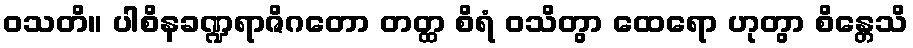
ဝသတိ။ ပါစိနခဏ္ဍရာဇိဂတော တတ္ထ စိရံ ဝသိတွာ ထေရော ဟုတွာ စိန္တေသိ